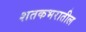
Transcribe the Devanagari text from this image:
शतकभरातील